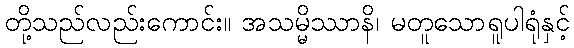
တို့သည်လည်းကောင်း။ အသမ္မိဿာနိ၊ မတူသောရူပါရုံနှင့်